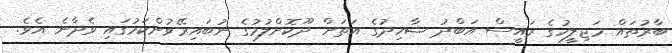
ބާރުތައް މަޖިލީހުގެ ރައީސް އަބްދު ޝާހިދުގެ އަތަށް ދޫކޮށްލުމުގެ ނުބައިރޭވުންކަމުގައި ވެދާނެ އެވެ.